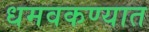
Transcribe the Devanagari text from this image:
धमवकण्यात